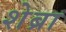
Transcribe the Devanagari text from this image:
शेब्रा